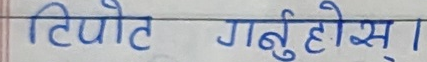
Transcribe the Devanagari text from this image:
टिपोट गर्नुहोस।